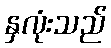
နှလုံးသည်